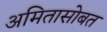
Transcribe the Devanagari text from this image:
अमितासोबत